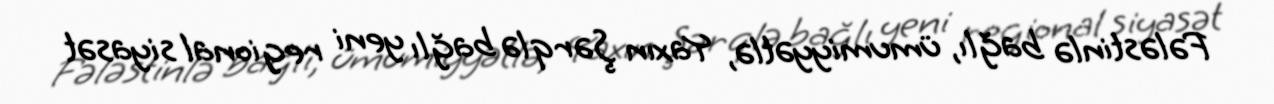
Fələstinlə bağlı, ümumiyyətlə, Yaxın Şərqlə bağlı yeni regional siyasət